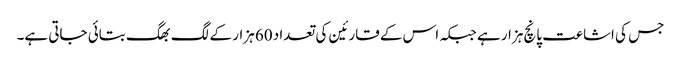
جس کی اشاعت پانچ ہزار ہے جبکہ اس کے قارئین کی تعداد 60 ہزار کے لگ بھگ بتائی جاتی ہے۔